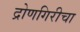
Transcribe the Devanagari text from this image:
द्रोणगिरीचा